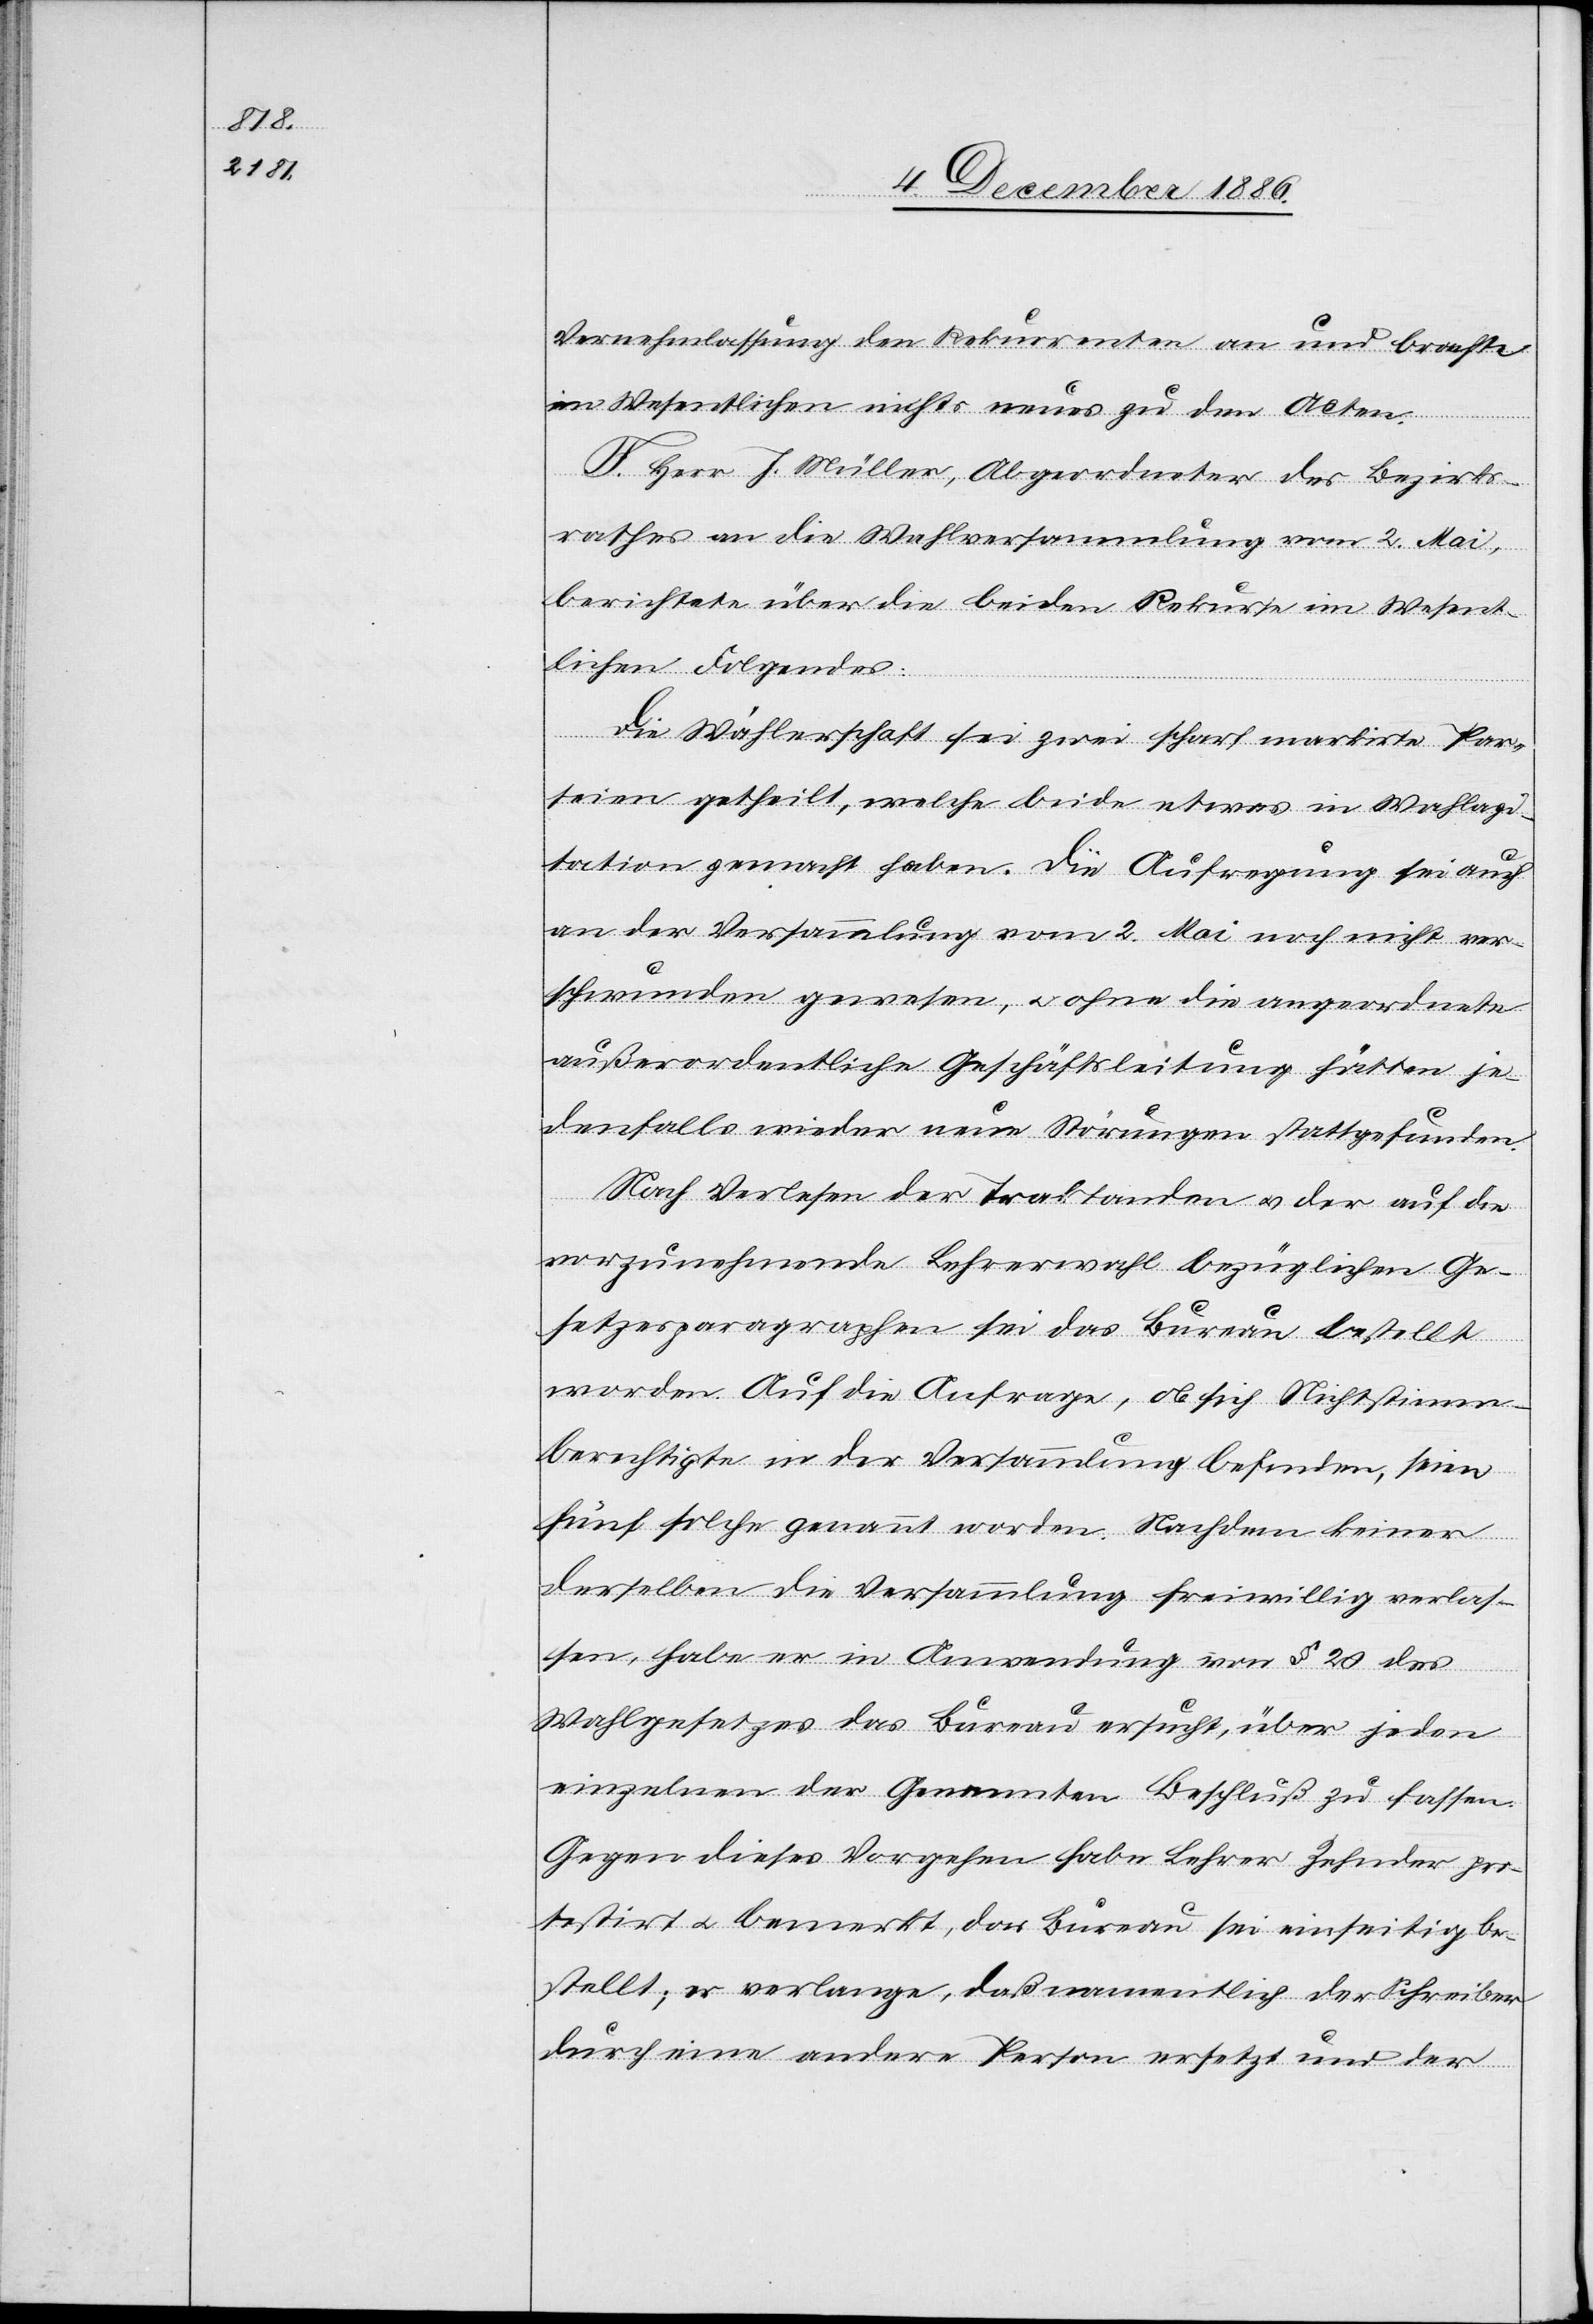
Vernehmlassung den Rekurrenten an und brachte
im Wesentlichen nichts neues zu den Acten.
F. Herr J. Müller, Abgeordneter des Bezirks¬
rathes an die Wahlversammlung vom 2. Mai,
berichtete über die beiden Rekurse im Wesent¬
lichen Folgendes:
Die Wählerschaft sei [in] zwei scharf markirte Par¬
teien getheilt, welche beide etwas in Wahlagi¬
tation gemacht haben. Die Aufregung sei auch
an der Versammlung vom 2. Mai noch nicht ver¬
schwunden gewesen, & ohne die angeordnete
außerordentliche Geschäftsleitung hätten je¬
denfalls wieder neue Störungen stattgefunden.
Nach Verlesen der Traktanden & der auf die
vorzunehmende Lehrerwahl bezüglichen Ge¬
setzesparagraphen sei das Bureau bestellt
worden. Auf die Anfrage, ob sich Nichtstimm¬
berechtigte in der Versammlung befinden, seien
fünf solche genannt worden. Nachdem keiner
derselben die Versammlung freiwillig verlas¬
sen, habe er in Anwendung von § 20 des
Wahlgesetzes das Bureau ersucht, über jeden
einzelnen der Genannten Beschluß zu fassen.
Gegen dieses Vorgehen habe Lehrer Zehnder pro¬
testirt & bemerkt, das Bureau sei einseitig be¬
stellt; er verlange, daß namentlich der Schreiber
durch eine andere Person ersetzt und der